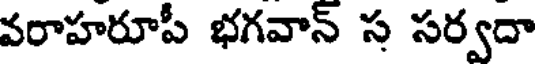
వరాహరూపీ భగవాన్ స సర్వదా